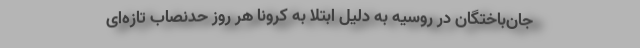
جان‌باختگان در روسیه به دلیل ابتلا به کرونا هر روز حدنصاب‌ تازه‌ای